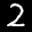
Label: 2